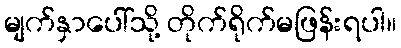
မျက်နှာပေါ်သို့ တိုက်ရိုက်မဖြန်းရပါ။